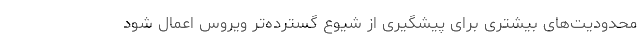
محدودیت‌های بیشتری برای پیشگیری از شیوع گسترده‌تر ویروس اعمال شود